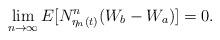
LaTeX: \begin{align*}\lim_{n\rightarrow \infty} E[N^n_{\eta_n(t)}(W_b-W_a)] =0.\end{align*}